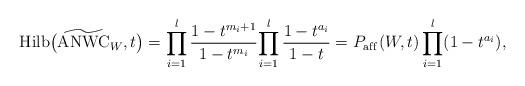
\begin{gather*}{\rm Hilb}\big(\widetilde {\rm ANWC}_{W},t\big)=\prod_{i=1}^{l}{{1-t^{m_{i}+1} \over 1-t^{m_i}}} {\prod_{i=1}^{l} {1-t^{a_i} \over1-t }}=P_{\rm af\/f}(W,t) \prod_{i=1}^{l} (1-t^{a_i}),\end{gather*}